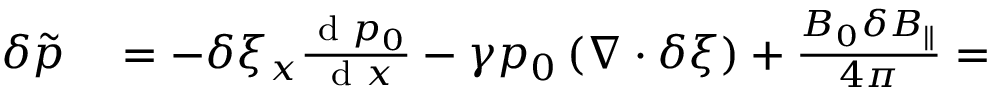
\begin{array} { r } { \begin{array} { r l } { \delta \tilde { p } } & { { } = - \delta \xi _ { x } \frac { \textrm { d } p _ { 0 } } { \textrm { d } x } - \gamma p _ { 0 } \left( \nabla \cdot \delta \boldsymbol { \xi } \right) + \frac { B _ { 0 } \delta B _ { \parallel } } { 4 \pi } = } \end{array} } \end{array}